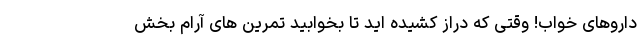
داروهای خواب! وقتی که دراز کشیده اید تا بخوابید تمرین های آرام بخش